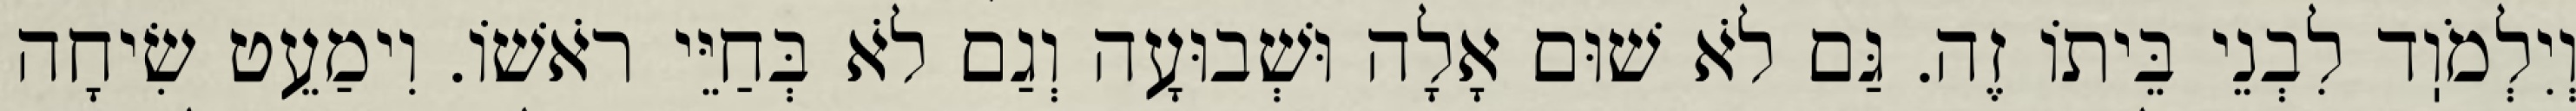
וְיִלְמֹוֽד לִבְנֵי בֵּיתוֹ זֶה. גַּם לֹא שׁוּם אָלָה וּשְׁבוּעָה וְגַם לֹא בְּחַיֵּי רֹאשׁוֹ. וִימַעֵט שִׂיחָה